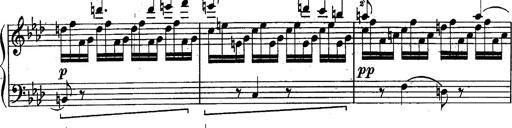
Title: Schubert's Impromptus [revised and edited by Franz Liszt]
Composer: Franz Liszt